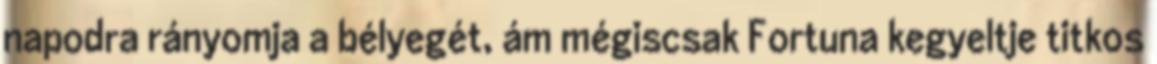
napodra rányomja a bélyegét, ám mégiscsak Fortuna kegyeltje titkos